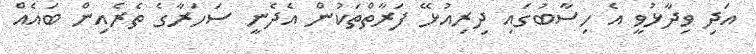
އަދި ވިދާޅުވީ އެ ހިސާބުގައި ދިރިއުޅޭ ފަރާތްތަކުން އެދެނީ ސަހަރާގެ ތެރެއިން ބައެއް